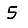
Digit: 5